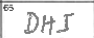
Transcription: DHI